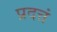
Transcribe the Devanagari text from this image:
प्रदत्तं